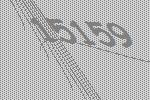
15159